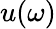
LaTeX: u(\omega)